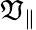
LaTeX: \mathfrak{V}_{\parallel}